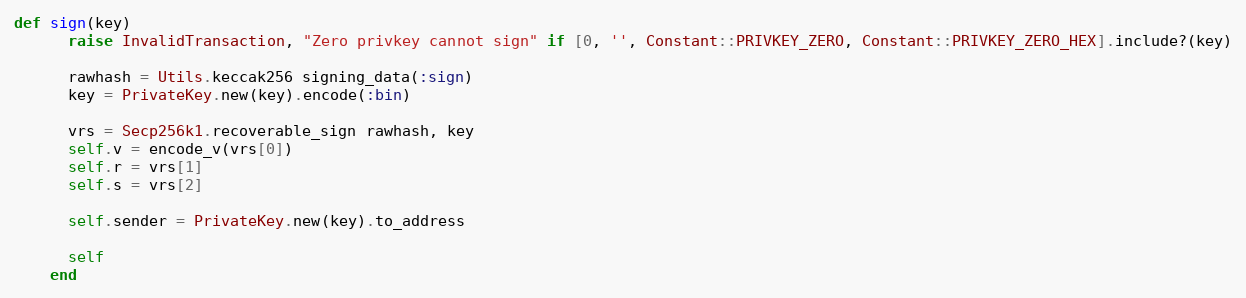
Language: Ruby
def sign(key)
      raise InvalidTransaction, "Zero privkey cannot sign" if [0, '', Constant::PRIVKEY_ZERO, Constant::PRIVKEY_ZERO_HEX].include?(key)

      rawhash = Utils.keccak256 signing_data(:sign)
      key = PrivateKey.new(key).encode(:bin)

      vrs = Secp256k1.recoverable_sign rawhash, key
      self.v = encode_v(vrs[0])
      self.r = vrs[1]
      self.s = vrs[2]

      self.sender = PrivateKey.new(key).to_address

      self
    end